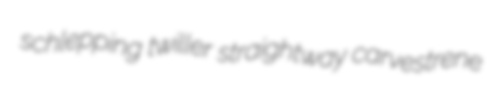
schlepping twiller straightway carvestrene